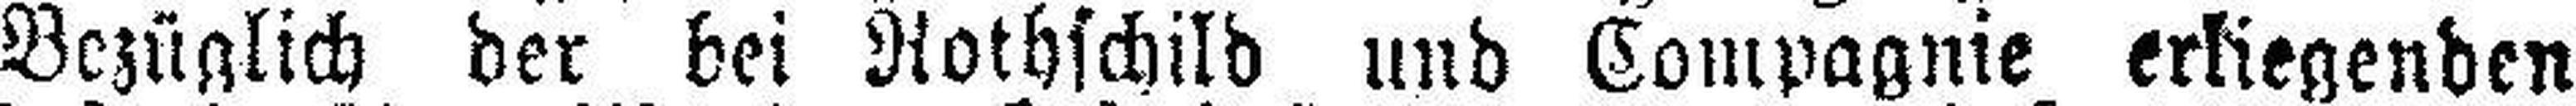
Bezüglich der bei Rothschild und Compagnie erliegenden